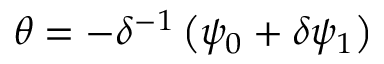
\theta = - \delta ^ { - 1 } \left( \psi _ { 0 } + \delta \psi _ { 1 } \right)